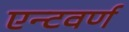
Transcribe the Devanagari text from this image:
एन्टवर्ण